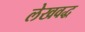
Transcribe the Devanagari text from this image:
लेखवद्ध